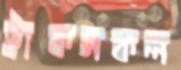
ট্রাকসকল